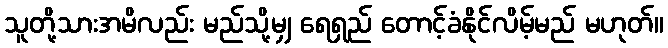
သူတို့သားအမိလည်း မည်သို့မျှ ရေရှည် တောင့်ခံနိုင်လိမ့်မည် မဟုတ်။